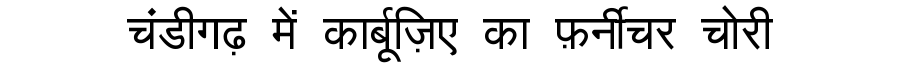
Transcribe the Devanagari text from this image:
चंडीगढ़ में कार्बूज़िए का फ़र्नीचर चोरी